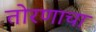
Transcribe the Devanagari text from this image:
तोरणाचा